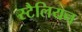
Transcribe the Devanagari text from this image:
स्टैलियन